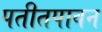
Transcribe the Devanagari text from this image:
पतीतपावन